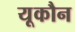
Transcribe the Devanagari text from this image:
यूकौन